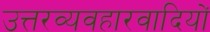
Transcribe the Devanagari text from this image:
उत्तरव्यवहारवादियों